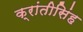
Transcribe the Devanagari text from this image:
क्रांतीसिंह